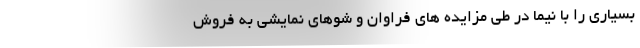
بسیاری را با نیما در طی مزایده های فراوان و شوهای نمایشی به فروش